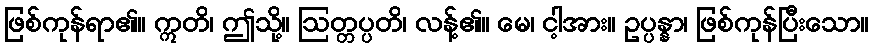
ဖြစ်ကုန်ရာ၏။ ဣတိ၊ ဤသို့။ ဩတ္တပ္ပတိ၊ လန့်၏။ မေ၊ ငါ့အား။ ဥပ္ပန္နာ၊ ဖြစ်ကုန်ပြီးသော။